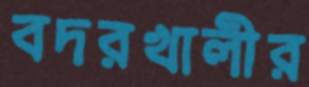
বদরখালীর